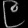
Digit: ၉